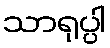
သာရုပ္ပါ